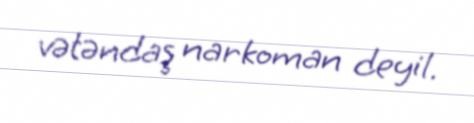
vətəndaş narkoman deyil.